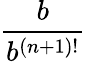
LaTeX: \frac{b}{b^{(n+1)!}}